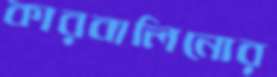
কারবালিনোর